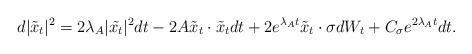
\begin{align*} d|\tilde{x}_t|^2 = 2\lambda_A |\tilde{x_t}|^2 dt - 2 A\tilde{x}_t \cdot \tilde{x}_t dt + 2 e^{\lambda_A t} \tilde{x}_t \cdot \sigma dW_t + C_\sigma e^{2\lambda_A t} dt.\end{align*}